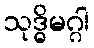
သုဒ္ဓိမဂ္ဂါ